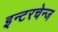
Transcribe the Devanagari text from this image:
इन्टरचेन्ज